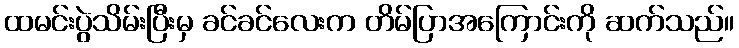
ထမင်းပွဲသိမ်းပြီးမှ ခင်ခင်လေးက တိမ်ပြာအကြောင်းကို ဆက်သည်။